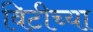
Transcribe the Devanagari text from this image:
विटीच्या